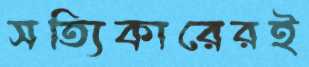
সত্যিকারেরই